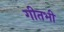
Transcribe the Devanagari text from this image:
गीतभी